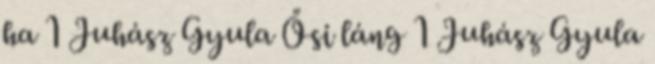
ha 1 Juhász Gyula Ősi láng 1 Juhász Gyula